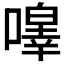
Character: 𭋔